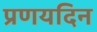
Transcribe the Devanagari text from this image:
प्रणयदिन